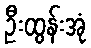
ဦးထွန်းအုံ